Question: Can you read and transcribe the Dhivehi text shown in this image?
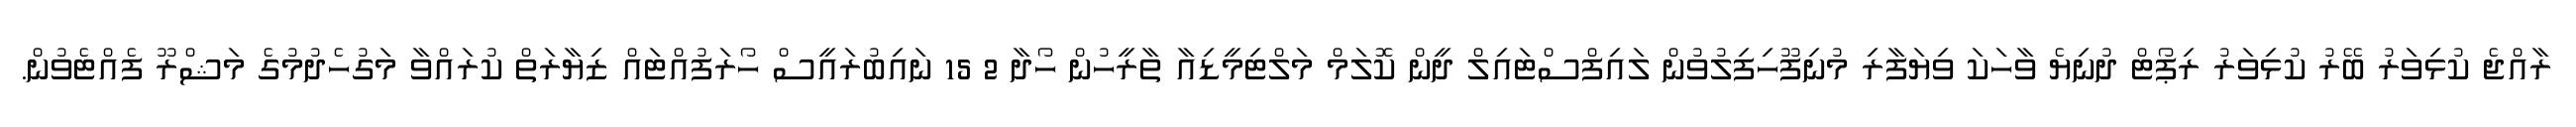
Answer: ރާއްޖެ ކުޅިވަރު ބޭރު ކުޅިވަރު ރިޕޯޓް ދުނިޔެ ވާހަކަ ވިޔަފާރި މުނިފޫހިފިލުވުން ލައިފްސްޓައިލް ދީން ކޮލަމް މަލްޓިމީޑިއާ ތާރީހުން ހޯދާ 2 15 ނައިބުރައީސް ހޯރަފުއްޓައް ޒިޔާރަތް ކުރައްވާ މަގުހެދުމުގެ މަޝްރޫ ފެއްޓެވުން.